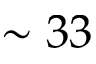
\sim 3 3